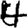
Digit: 4